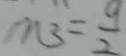
m _ { 3 } = \frac { 9 } { 2 }